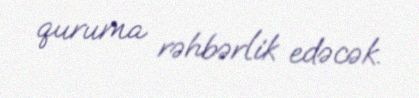
quruma rəhbərlik edəcək.